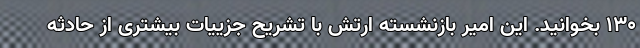
۱۳۰ بخوانید. این امیر بازنشسته ارتش با تشریح جزییات بیشتری از حادثه